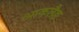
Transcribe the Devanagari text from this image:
आकलैङ